Punjab Mental Hospital Lahore 1922-31 - 1922-1931
Year: 1922
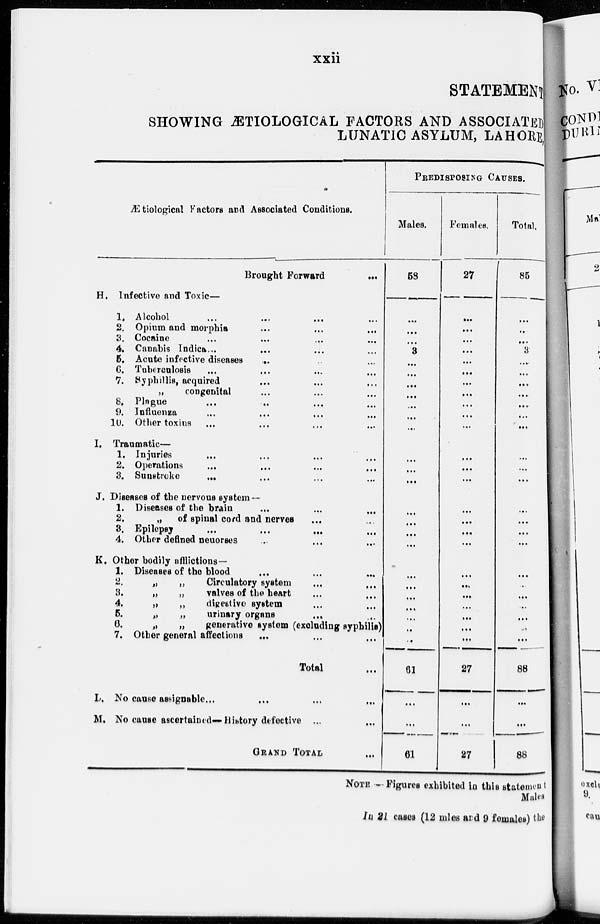
xxii
STATEMENT
SHOWING ÆTIOLOGICAL FACTORS AND ASSOCIATED
LUNATIC ASYLUM, LAHORE
Ætiological Factors and Associated Conditions.
Brought Forward
...
H. Infective and Toxic—
1. Alcohol
...
...
... ...
2. Opium and morphia ... ... ...
3. Cocaine ... ... ... ...
4. Canabis Indica ... ... ...
5. Acute infective diseases ... ...
6. Tuberculosis ... ... ...
7. Syphillis, acquired ... ...
„
congenital ... ... ...
8. Plague ... ... ... ...
9. Influenza ... ... ... ...
10. Other toxins ... ... ...
I. Traumatic—
1. Injuries ... ... ... ...
2. Operations ... ... ...
3. Sunstroke ... ... ... ...
J. Diseases of the nervous system—
1. Diseases of the brain ... ... ...
2.
„ of spinal cord and nerves ... ...
3. Epilepsy ... ... ... ...
4. Other defined neuorses ... ... ...
K. Other bodily afflictions—
1. Diseases of the blood ... ... ...
2.
„
„
Circulatory system ... ...
3.
„
valves of the heart ... ...
4.
„
„
digestive system ... ...
5.
urinary organs ... ...
6.
„
„
generative system (excluding syphilis)
7. Other general affections ... ... ...
Total
L. No cause assignable. ... ... ...
M. No cause ascertained— History defective ...
GRAND TOTAL ...
PREDISPOSING CAUSES.
Males.
58
...
...
...
3
...
...
...
...
...
...
...
...
...
...
...
...
...
...
...
...
...
..
...
61
...
...
61
Females.
27
...
...
...
...
...
...
...
...
...
...
...
...
...
...
...
...
...
...
...
...
...
...
...
...
...
27
...
...
27
Total.
85
...
...
...
3
...
...
...
...
...
...
...
...
...
...
...
...
...
...
...
...
...
...
...
...
...
88
...
...
88
NOTE.—Figures exhibited in this statement
Males
In 21 cases (12 males and 9 females) the